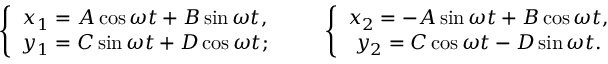
\begin{array} { r } { \left\{ \begin{array} { c } { x _ { 1 } = A \cos \omega t + B \sin \omega t , } \\ { y _ { 1 } = C \sin \omega t + D \cos \omega t ; } \end{array} \right. \qquad \left\{ \begin{array} { c } { x _ { 2 } = - A \sin \omega t + B \cos \omega t , } \\ { y _ { 2 } = C \cos \omega t - D \sin \omega t . } \end{array} \right. } \end{array}